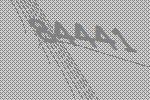
84441